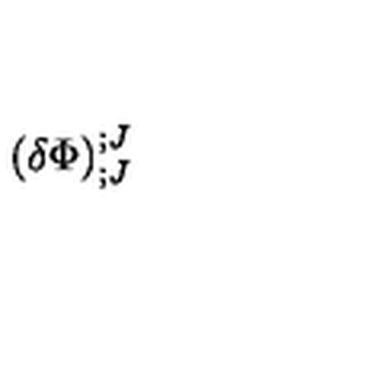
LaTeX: \left( \delta \Phi \right) _ { ; J } ^ { ; J }